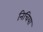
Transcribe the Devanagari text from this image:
निचिया